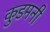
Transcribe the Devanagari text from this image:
कुडमनी